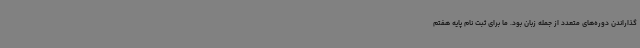
گذاراندن دوره‌های متعدد از جمله‌ زبان بود. ما برای ثبت نام پایه هفتم